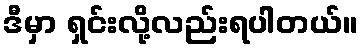
ဒီမှာ ရှင်းလို့လည်းရပါတယ်။